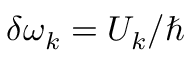
\delta \omega _ { k } = U _ { k } / \hbar